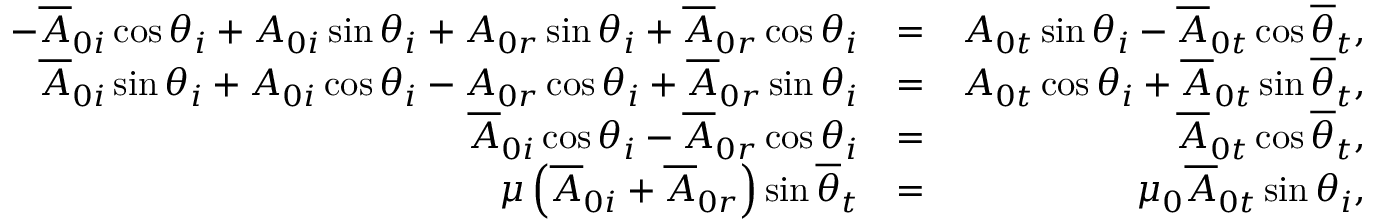
\begin{array} { r l r } { - \overline { { A } } _ { 0 i } \cos \theta _ { i } + A _ { 0 i } \sin \theta _ { i } + A _ { 0 r } \sin \theta _ { i } + \overline { { A } } _ { 0 r } \cos \theta _ { i } } & { = } & { A _ { 0 t } \sin \theta _ { i } - \overline { { A } } _ { 0 t } \cos \overline { { \theta } } _ { t } , } \\ { \overline { { A } } _ { 0 i } \sin \theta _ { i } + A _ { 0 i } \cos \theta _ { i } - A _ { 0 r } \cos \theta _ { i } + \overline { { A } } _ { 0 r } \sin \theta _ { i } } & { = } & { A _ { 0 t } \cos \theta _ { i } + \overline { { A } } _ { 0 t } \sin \overline { { \theta } } _ { t } , } \\ { \overline { { A } } _ { 0 i } \cos \theta _ { i } - \overline { { A } } _ { 0 r } \cos \theta _ { i } } & { = } & { \overline { { A } } _ { 0 t } \cos \overline { { \theta } } _ { t } , } \\ { \mu \left( \overline { { A } } _ { 0 i } + \overline { { A } } _ { 0 r } \right) \sin \overline { { \theta } } _ { t } } & { = } & { \mu _ { 0 } \overline { { A } } _ { 0 t } \sin \theta _ { i } , } \end{array}